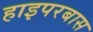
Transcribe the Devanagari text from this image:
हाइपरबास